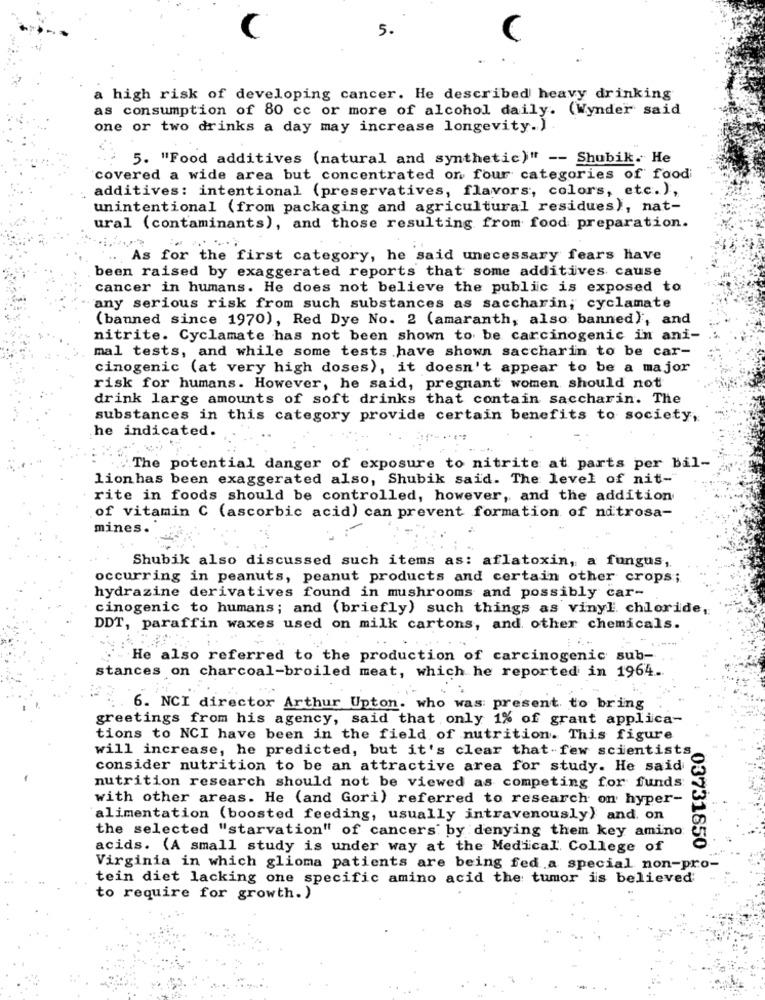
5 .
a high risk of developing cancer. He described heavy drinking
as consumption of 80 cc or more of alcohol daily. (Wynder said
one or two drinks a day may increase longevity. ) .
5. "Food additives (natural and synthetic)" -- Shubik. He
covered a wide area but concentrated on four categories of foodi
additives: intentional (preservatives, flavors, colors, etc.),
unintentional (from packaging and agricultural residues), nat-
ural (contaminants), and those resulting from food preparation.
As for the first category, he said unecessary fears have
been raised by exaggerated reports that some additives cause
cancer in humans. He does not believe the public is exposed to
any serious risk from such substances as saccharin; cyclamate
(banned since 1970), Red Dye No. 2 (amaranth, also banned), and
nitrite. Cyclamate has not been shown to be carcinogenic in ani-
mal tests, and while some tests have shown saccharin to be car-
cinogenic (at very high doses), it doesn't appear to be a major
risk for humans. However, he said, pregnant women should not
drink large amounts of soft drinks that contain saccharin. The
substances in this category provide certain benefits to society,
he indicated.
`The potential danger of exposure to nitrite at parts per bil-
lionhas been exaggerated also, Shubik said. The level of nit-
rite in foods should be controlled, however, and the addition
of vitamin C (ascorbic acid) can prevent formation of nitrosa-
mines.
Shubik also discussed such items as: aflatoxin, a fungus,
occurring in peanuts, peanut products and certain other crops;
hydrazine derivatives found in mushrooms and possibly car-
cinogenic to humans; and (briefly) such things as vinyl chloride,
DDT, paraffin waxes used on milk cartons, and other chemicals.
He also referred to the production of carcinogenic sub-
stances on charcoal-broiled meat, which he reported in 1964.
6. NCI director Arthur Upton. who was: present to bring
greetings from his agency, said that only 1% of grant applica-
tions to NCI have been in the field of nutrition. This figure
will increase, he predicted, but it's clear that-few scientists
consider nutrition to be an attractive area for study. He said
nutrition research should not be viewed as competing for funds:
with other areas. He (and Gori) referred to research on hyper-
alimentation (boosted feeding, usually intravenously) and. on
the selected "starvation" of cancers by denying them key amino
acids. (A small study is under way at the Medical College of
03731850
Virginia in which glioma patients are being fed a special non-pro-
tein diet lacking one specific amino acid the tumor is believed
to require for growth. )